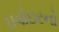
ઇવોઇરનો